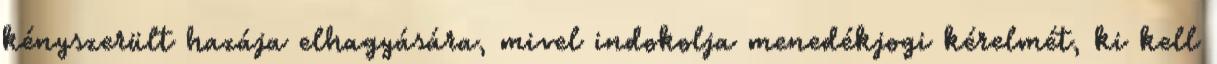
kényszerült hazája elhagyására, mivel indokolja menedékjogi kérelmét, ki kell